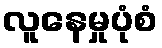
လူနေမှုပုံစံ